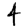
Digit: 4